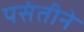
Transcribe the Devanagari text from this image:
पसंतीने